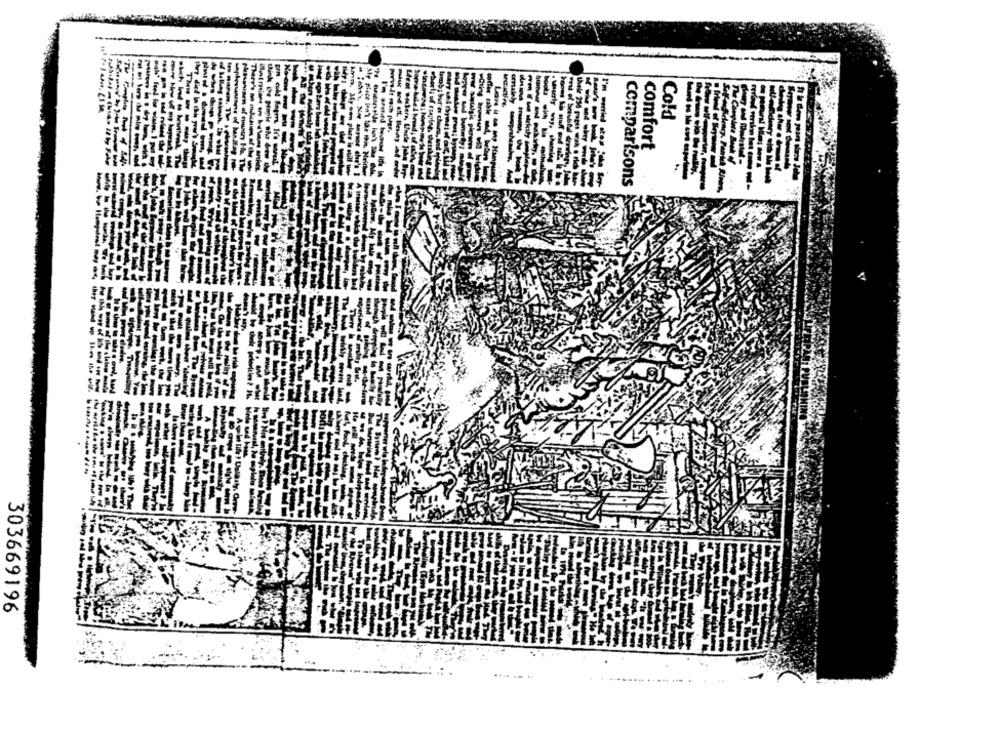
My place
book
Cold
comfort
-----
--- - -
comparisons
303669196
.